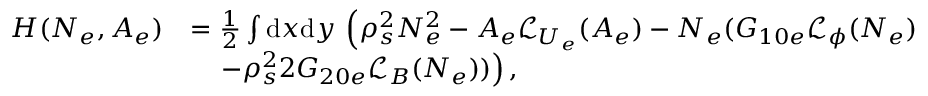
\begin{array} { r l } { H ( N _ { e } , A _ { e } ) } & { = \frac { 1 } { 2 } \int \mathrm { d } x \mathrm { d } y \, \left( \rho _ { s } ^ { 2 } N _ { e } ^ { 2 } - A _ { e } \mathcal { L } _ { U _ { e } } ( A _ { e } ) - N _ { e } ( G _ { 1 0 e } \mathcal { L } _ { \phi } ( N _ { e } ) \right. } \\ & { ~ ~ ~ \left. - \rho _ { s } ^ { 2 } 2 G _ { 2 0 e } \mathcal { L } _ { B } ( N _ { e } ) ) \right) , } \end{array}